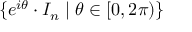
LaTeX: \{ e ^ { i \theta } \cdot I _ { n } \mid \theta \in [ 0 , 2 \pi ) \}